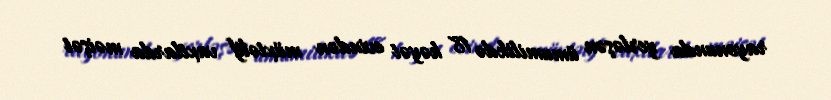
rayonunda yerləşən ümumilikdə 18 həyət evindən müxtəlif vaxtlarda məişət